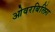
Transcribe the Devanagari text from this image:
ओवरबिलिंग